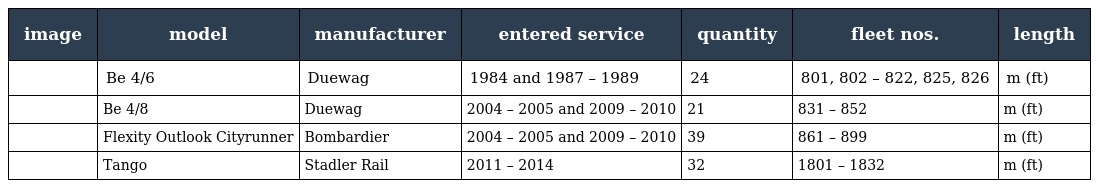
| image | model | manufacturer | entered service | quantity | fleet nos. | length |
 | --- | --- | --- | --- | --- | --- | --- |
 |  | Be 4/6 | Duewag | 1984 and 1987 – 1989 | 24 | 801, 802 – 822, 825, 826 | m (ft) |
 |  | Be 4/8 | Duewag | 2004 – 2005 and 2009 – 2010 | 21 | 831 – 852 | m (ft) |
 |  | Flexity Outlook Cityrunner | Bombardier | 2004 – 2005 and 2009 – 2010 | 39 | 861 – 899 | m (ft) |
 |  | Tango | Stadler Rail | 2011 – 2014 | 32 | 1801 – 1832 | m (ft) |